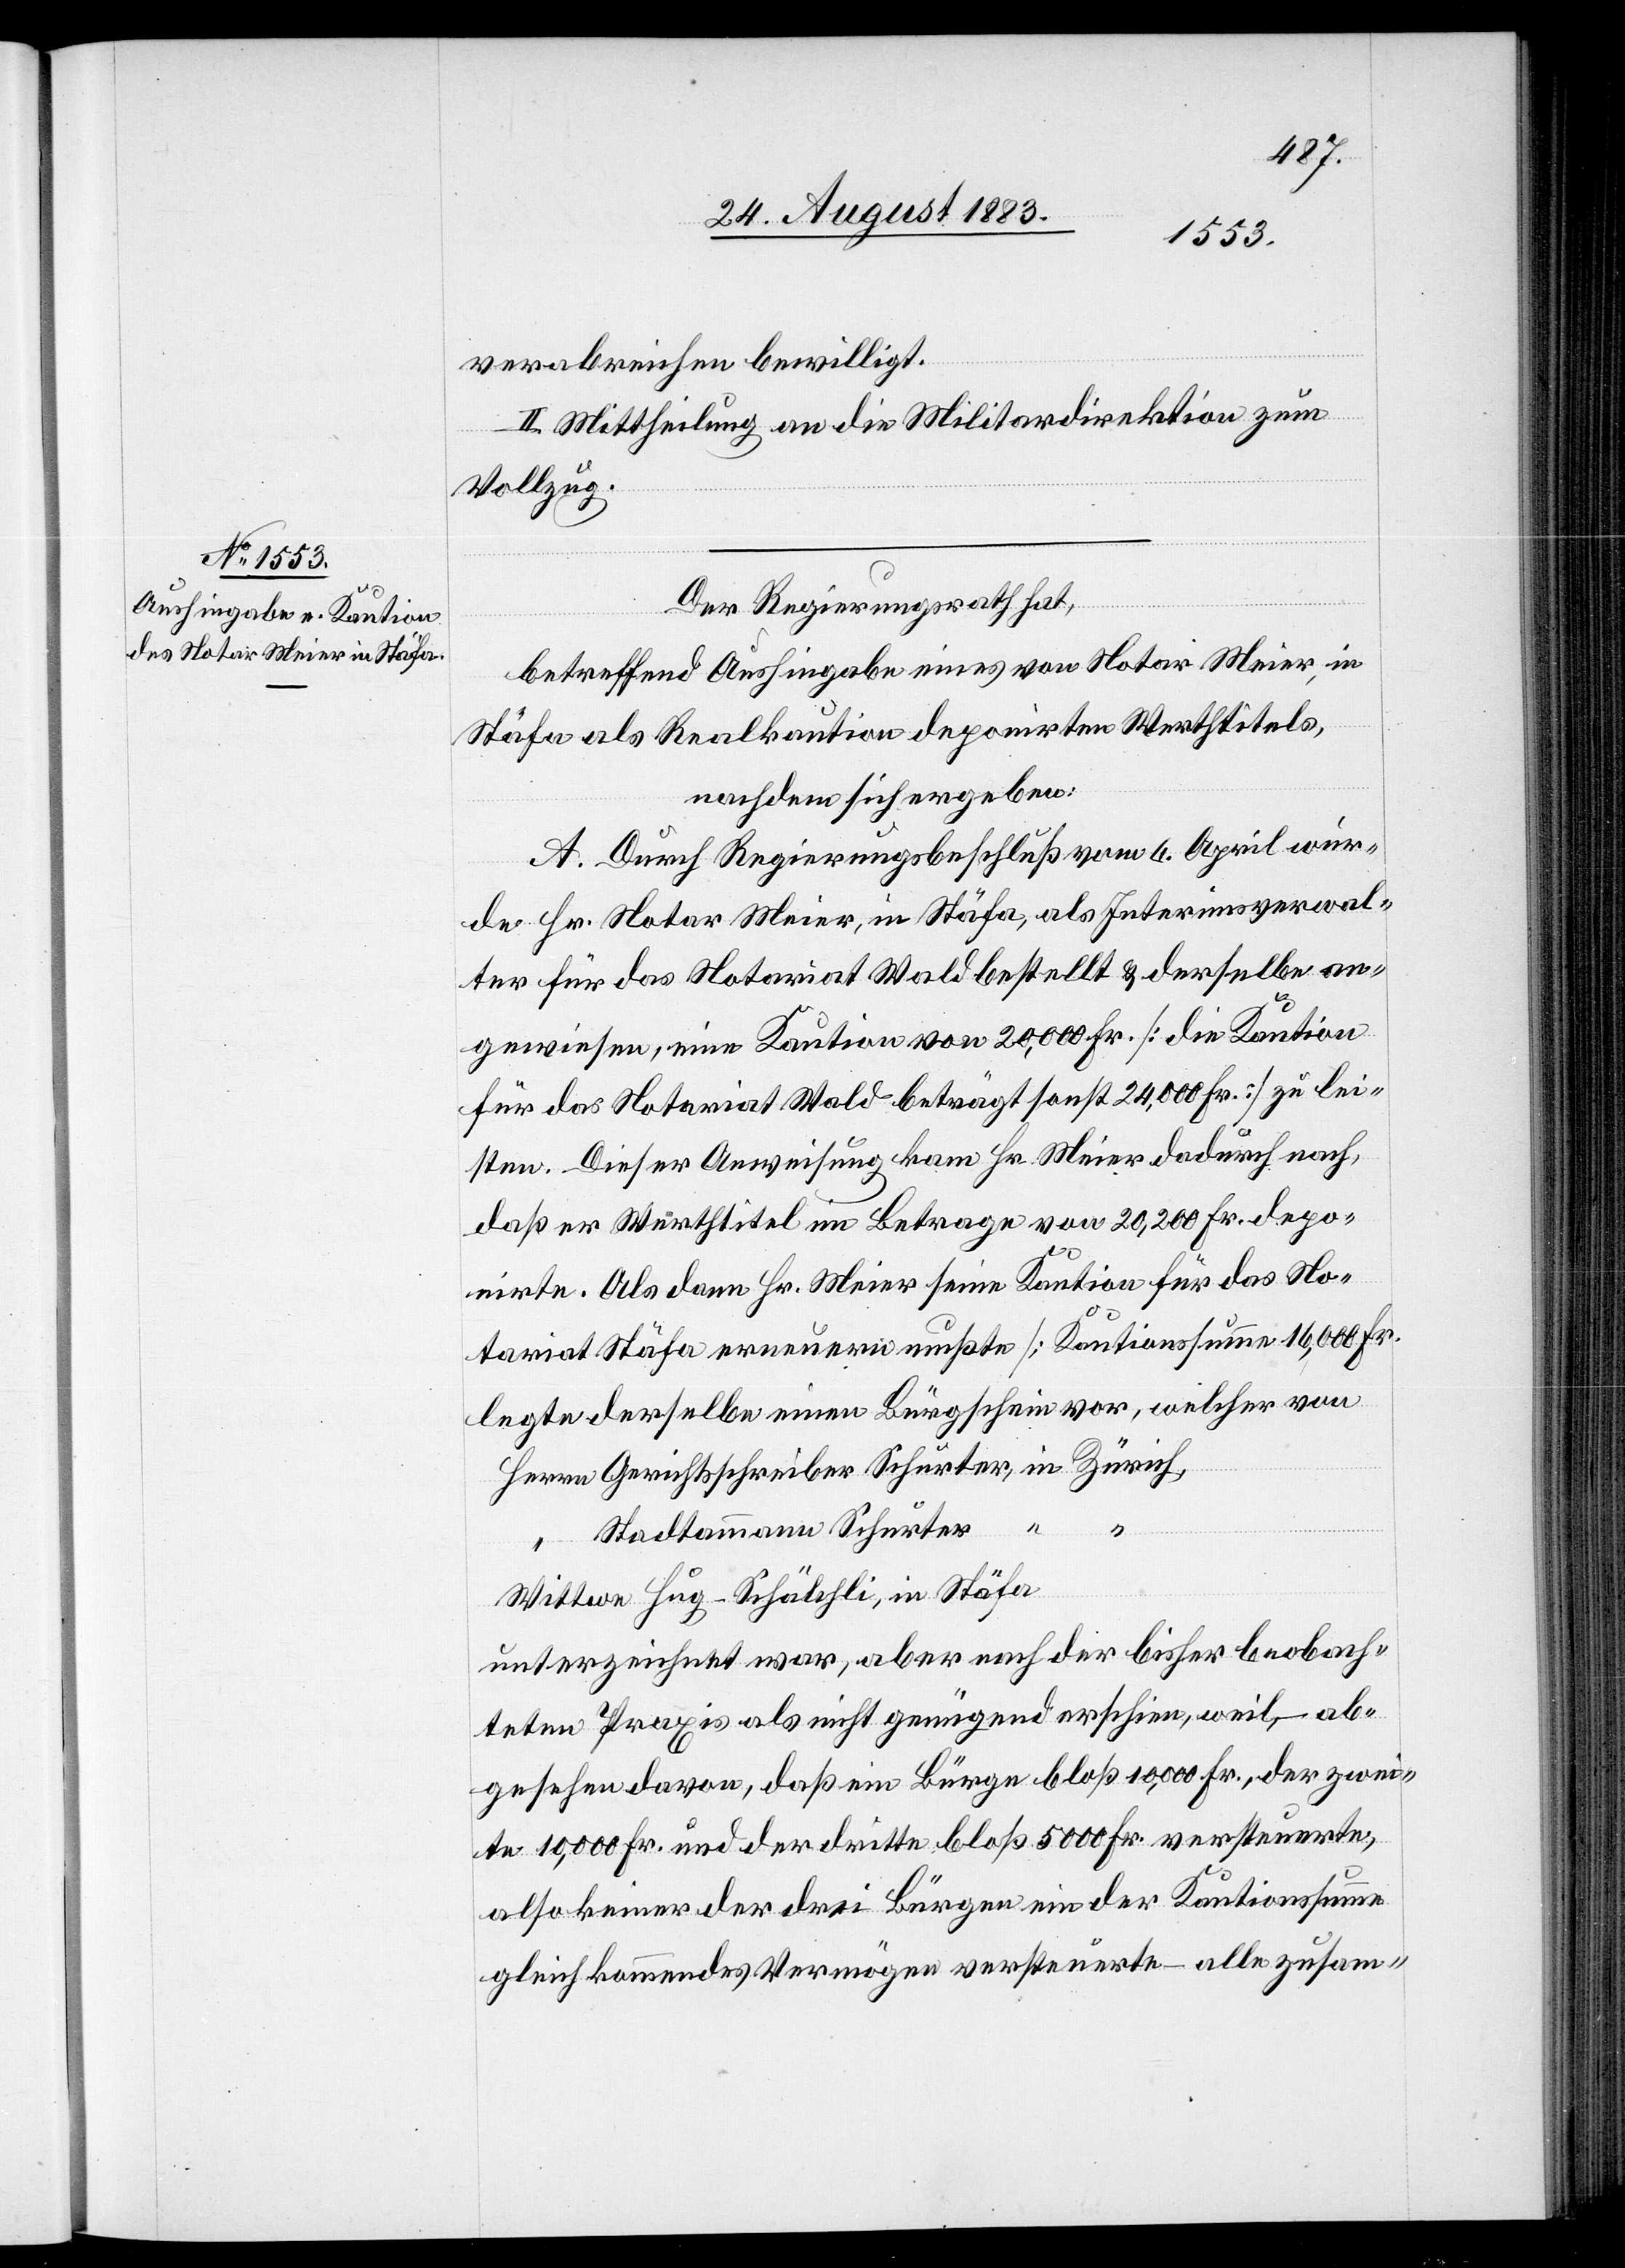
verabreichen bewilligt.
II. Mittheilung an die Militärdirektion zum
Vollzug.
Der Regierungsrath hat,
betreffend Aushingabe eines von Notar Meier, in
Stäfa als Realkaution deponirten Werthtitels,
nachdem sich ergeben:
A. Durch Regierungsbeschluß vom 6. April wur¬
de Hr. Notar Meier, in Stäfa, als Interimsverwal¬
ter für das Notariat Wald bestellt & derselbe an¬
gewiesen, eine Kaution von 20,000 Fr. [die Kaution
für das Notariat Wald beträgt 24,000 Fr.] zu lei¬
sten. Dieser Anweisung kam Hr. Meier dadurch nach,
daß er Werthtitel im Betrag von 20,100 Fr. depo¬
nirte. Als dann Hr. Meier seine Kaution für das No¬
tariat Stäfa erneuern mußte [Kautionssumme 16,000 Fr.[]]
legte derselbe einen Bürgschein vor, welcher von
Stadtammann Schurter
“
Wittwe Hug-Schälchli, in Stäfa
unterzeichnet war, aber nach der bisher beobach¬
teten Praxis als nicht genügend erschien, weil, – ab¬
gesehen davon, daß ein Bürge bloß 10,000 Fr., der zwei¬
te 10,000 Fr. und der dritte bloß 5000 Fr. versteuerte,
also keiner der drei Bürgen ein der Kautionssumme
gleich kommendes Vermögen versteuerte – alle zusam-